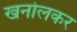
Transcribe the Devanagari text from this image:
खनोलकर